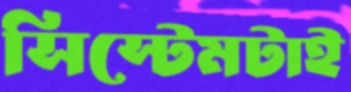
সিস্টেমটাই